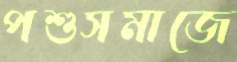
পশুসমাজে